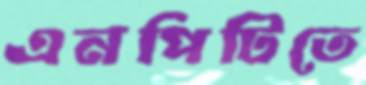
এনপিটিতে